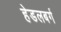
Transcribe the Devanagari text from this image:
हेडलबर्ग